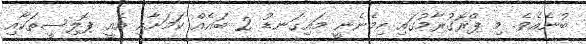
ބުނެއެވެ. މި ޕްރޮގުރާމުގައި ހިމެނެނީ މައިގަނޑު 2 ބައެއް ކަމަށާއި އެއީ ޕޮލިސީތަކާއި